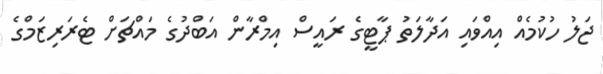
ޖަލު ހުކުމެއް އިއްވައި އަދާލަތު ޕާޓީގެ ރައީސް އިމްރާން އަބްދުގެ މައްޗަށް ޓެރަރިޒަމްގެ